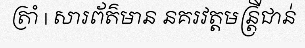
ត្រាំ | សារព័ត៌មាន នគរវត្តមន្ត្រីជាន់